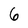
Character: 6